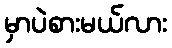
မှာပဲစားမယ်လား